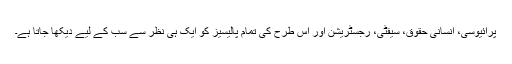
پرائیوسی، انسانی حقوق، سیفٹی، رجسٹریشن اور اس طرح کی تمام پالیسیز کو ایک ہی نظر سے سب کے لیے دیکھا جاتا ہے۔